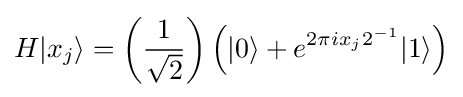
H|x_{j}\rangle =\left({\frac {1}{\sqrt {2}}}\right)\left(|0\rangle +e^{2\pi ix_{j}2^{-1}}|1\rangle \right)